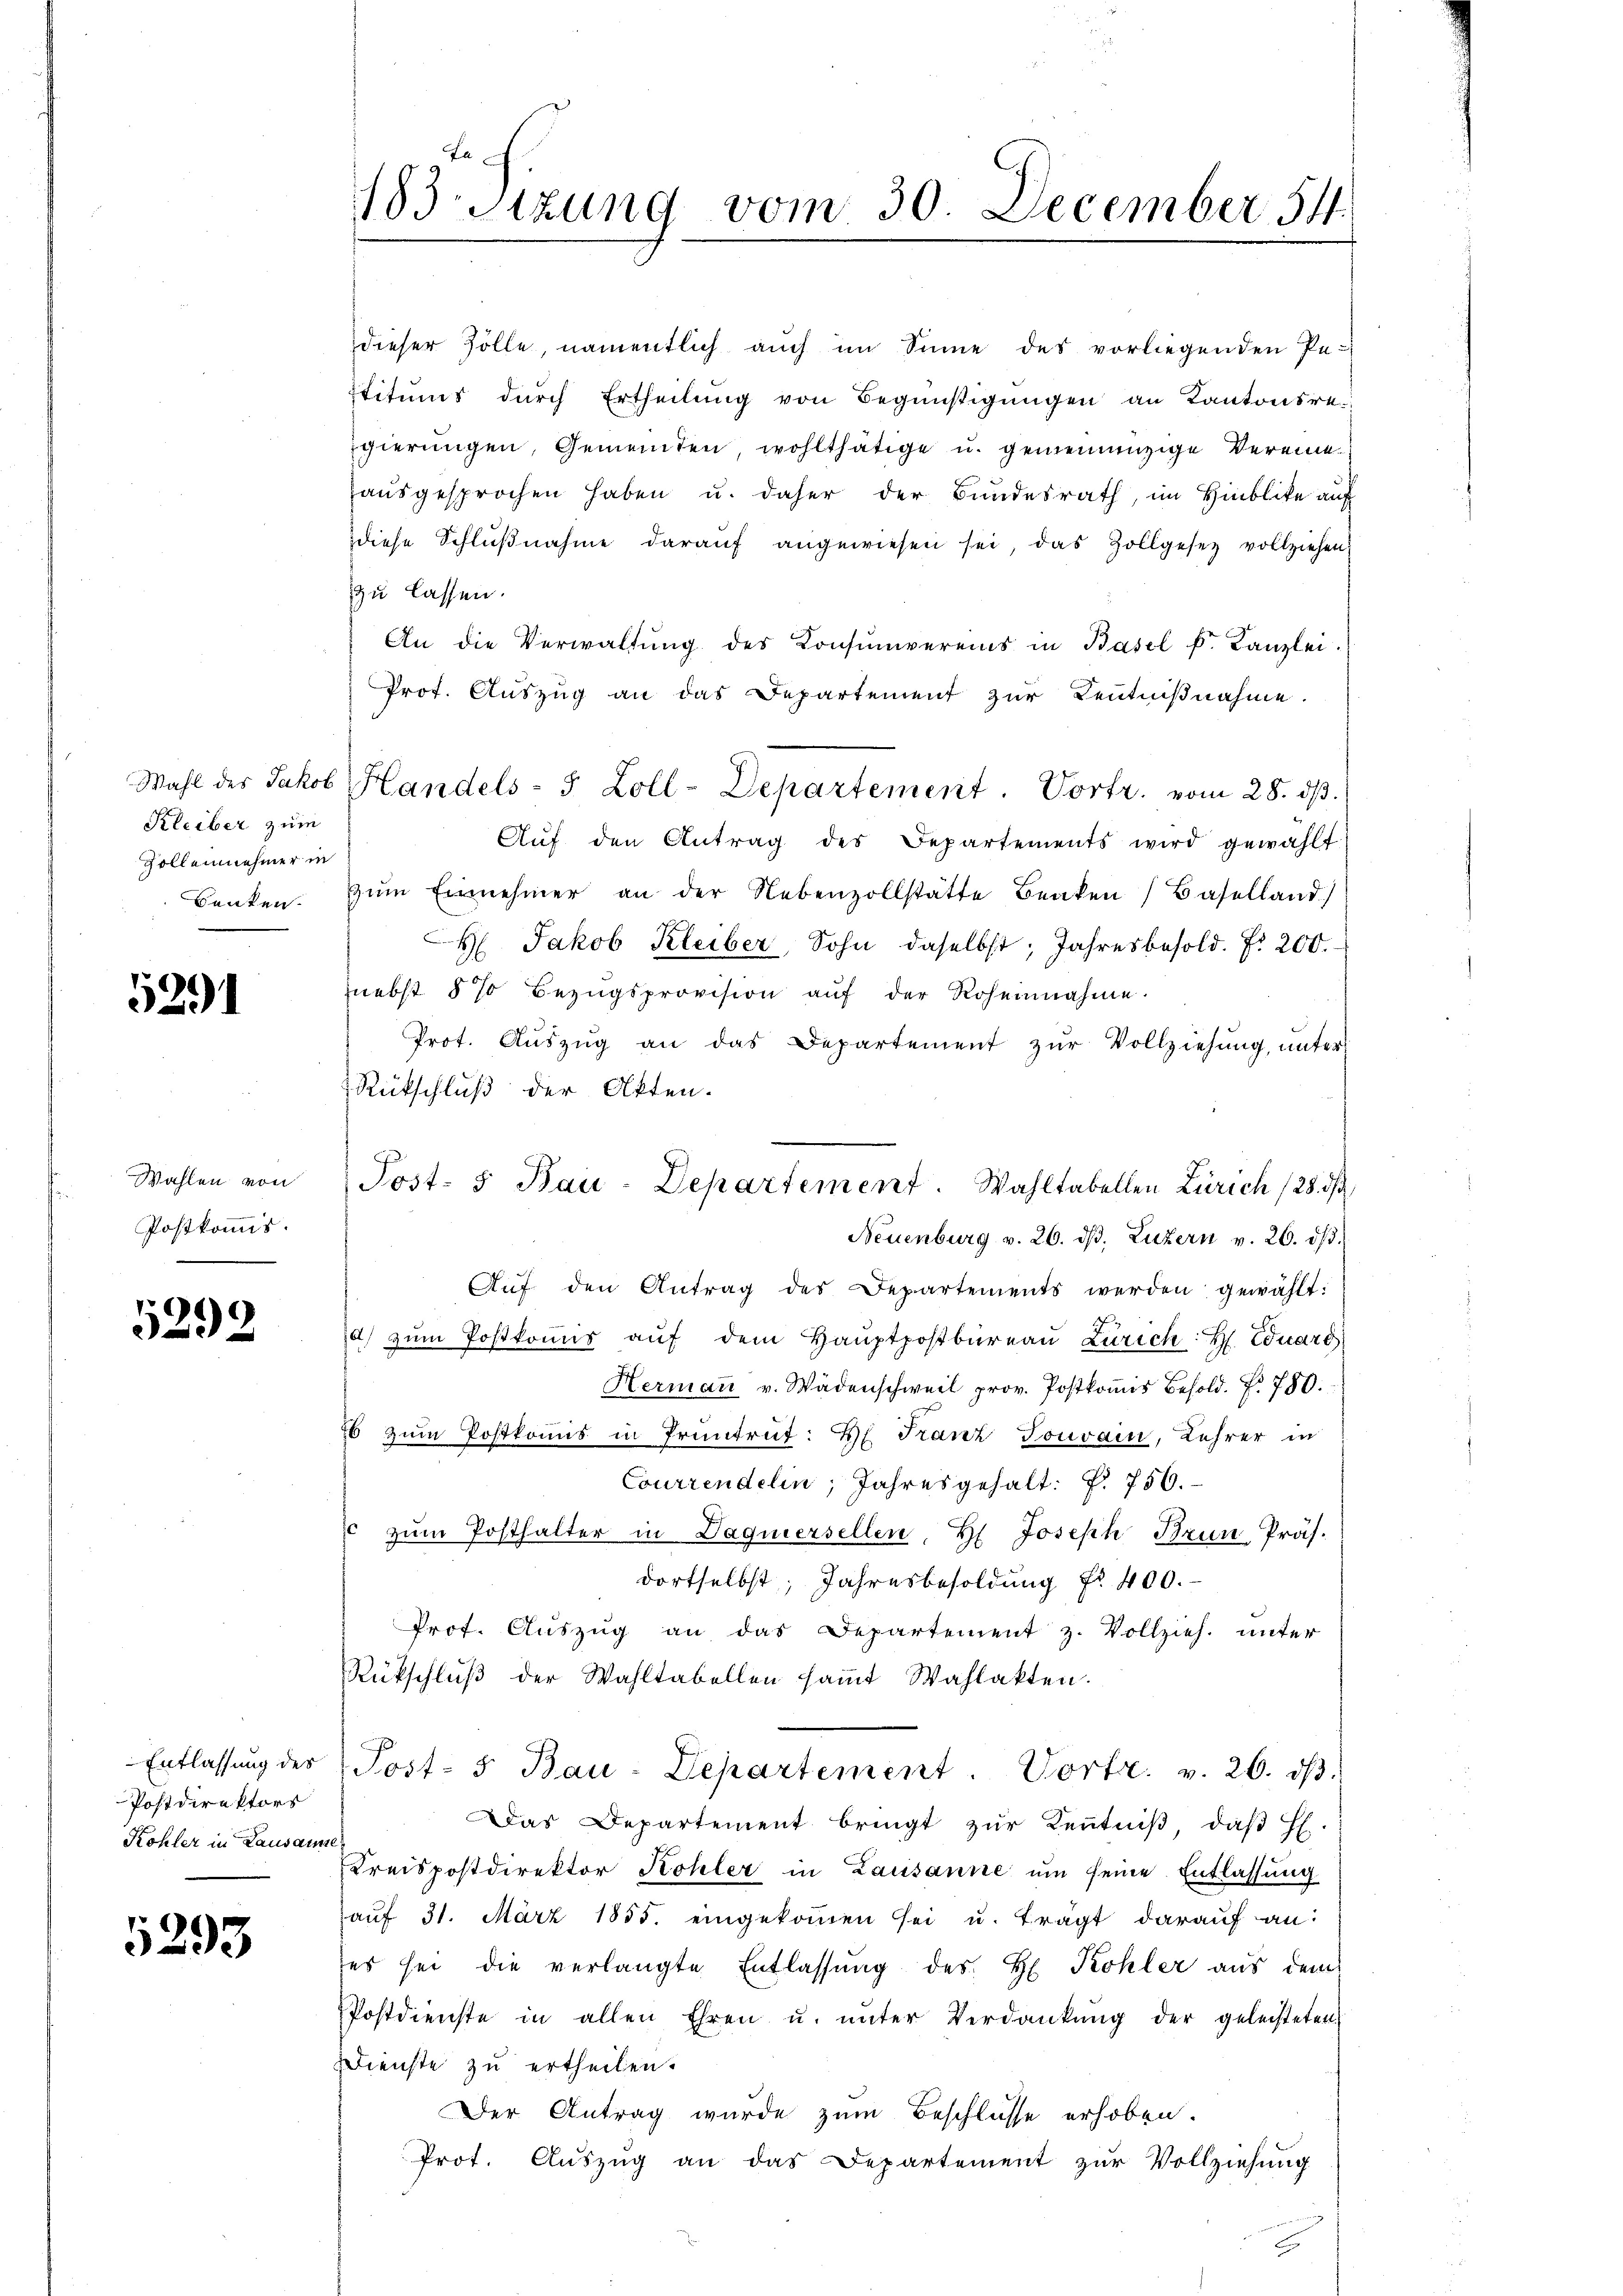
Kleiber zum
Zolleinehmer in

5291

Wahlen von
Postkommis.

5292

Entlassung des
Postdirektors
Kohler in Lausamme

5293

183Stzung vom 30. December 54.

dieser Zölle, namentlich auch im Sinne des vorliegenden Pe-
titums dŭrch Ertheilŭng von Begünstigŭngen an Kantonsregierŭngen, Gemeinden, wohlthätige u. gemeinnüzige Vereine
ausgesprochen haben u. daher der Bundesrath, im Hinblike auf
diese Schlŭβnahme darauf angewiesen sei, das Zollgesetz vollziehen,
zu lassen.
An die Verwaltung des Consumvereins in Basel k. Kanzlei.
Prot. Auszug an das Departement zur Kenntnißnahme
Wahl des Jakob Handels- 5 Zoll-Departement. Vortr. vom 28. dβ.
Aŭf den Antrag des Departements wird gewählt
Banken. Zŭm Einnehmer an der Nebenzollstätte Benken (Baselland)
 Jakob Kleiber, Sohn daselbst, Jahresbesold. P. 200.
nebst § 70 Bezŭgsprovision aŭf der Roheinnahme.
Prot. Aŭszŭg an das Departement zŭr Vollziehŭng ŭnter
Rückschluß der Akten.
Aŭf den Antrag des Departements werden gewählt:
d zŭm Postkoṁis aŭf dem Haŭptpostbüreaŭ Zürich: H. Eduard
Hermaṅ v. Wädenschweil prov. Postkoṁis Besold. f. 750.
Es zum Postkomis in Pruntruf: H: Franz Touvain, Lehrer in
Courrendelin, Jahresgehalt: P. 756.
c zŭm Posthalter in Dagnersellen, H. Joseph Brun Präs.
dortselbst, Jahresbesoldung Nr. 400.
Prof. Aŭszŭg an das Departement z. Vollzieh. unter
Rückschlŭβ der Wahltabellen saṁt Wahlakten.
Post- 5. Bau-Departement Vortr. v. 26. dβ.
Das Departement bringt zŭr Kenntniβ, daβ H.
Kreispostdirektor Kohler in Lausanne um seine Entlassung
auf 31. März 1855. eingekommen sei u. trägt darauf an:
es sei die verlangte Entlassŭng des H. Kohler aus dem
Postdienste in allen Ehren u. unter Verdankung der geleisteten
Dienste zu ertheilen.
Der Antrag wurde zum Beschlüsse erhoben.
Prot. Aŭszŭg an das Departement zŭr Vollziehung

Post- 5. Bau-Departement. Wahltakellen Zürich (28. d
Neuenburg v. 26. dβ. Luzern v. 26. ds.